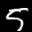
Label: 5